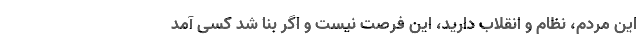
این مردم، نظام و انقلاب دارید، این فرصت نیست و اگر بنا شد کسی آمد